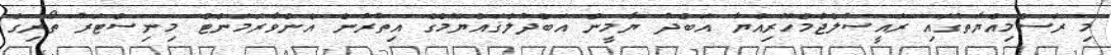
މި ރަސްމިއްޔާތުގައި ރައީސުލްޖުމްހޫރިއްޔާ އަބްދު ޔާމީން އަބްދުލްޤައްޔޫމްގެ އިތުރުން އެންވާރަމަންޓް މިނިސްޓަރު ތޯރިގް